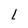
Character: L